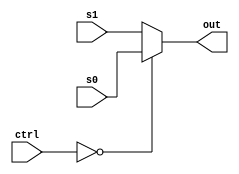
module mux2(
    input wire[1:0] ctrl,
    input wire[31:0] s0,
    input wire[31:0] s1,
    output reg[31:0] out);

    always @(*) begin
        if (ctrl == 1'b0) begin
            out = s0;
        end else begin
            out = s1;
        end
    end
endmodule